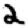
Digit: 2